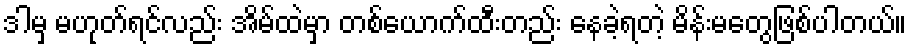
ဒါမှ မဟုတ်ရင်လည်း အိမ်ထဲမှာ တစ်ယောက်ထီးတည်း နေခဲ့ရတဲ့ မိန်းမတွေဖြစ်ပါတယ်။